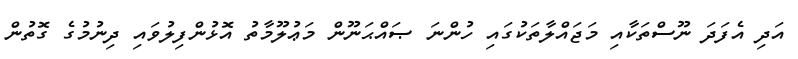
އަދި އެފަދަ ނޫސްތަކާއި މަޖައްލާތަކުގައި ހުންނަ ޞައްޙަނޫން މަޢުލޫމާތު އޮޅުންފިލުވައި ދިނުމުގެ ގޮތުން